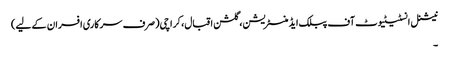
نیشنل انسٹیٹیوٹ آف پبلک ایڈمنسٹریشن، گلشن اقبال، کراچی(صرف سرکاری افسران کے لیے)
۔